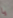
يا